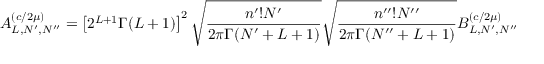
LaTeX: A _ { L , N ^ { \prime } , N ^ { \prime \prime } } ^ { ( c / 2 \mu ) } = \left[ 2 ^ { L + 1 } \Gamma ( L + 1 ) \right] ^ { 2 } \sqrt { \frac { n ^ { \prime } ! N ^ { \prime } } { 2 \pi \Gamma ( N ^ { \prime } + L + 1 ) } } \sqrt { \frac { n ^ { \prime \prime } ! N ^ { \prime \prime } } { 2 \pi \Gamma ( N ^ { \prime \prime } + L + 1 ) } } B _ { L , N ^ { \prime } , N ^ { \prime \prime } } ^ { ( c / 2 \mu ) }